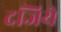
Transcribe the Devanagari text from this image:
दजिये